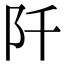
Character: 阡